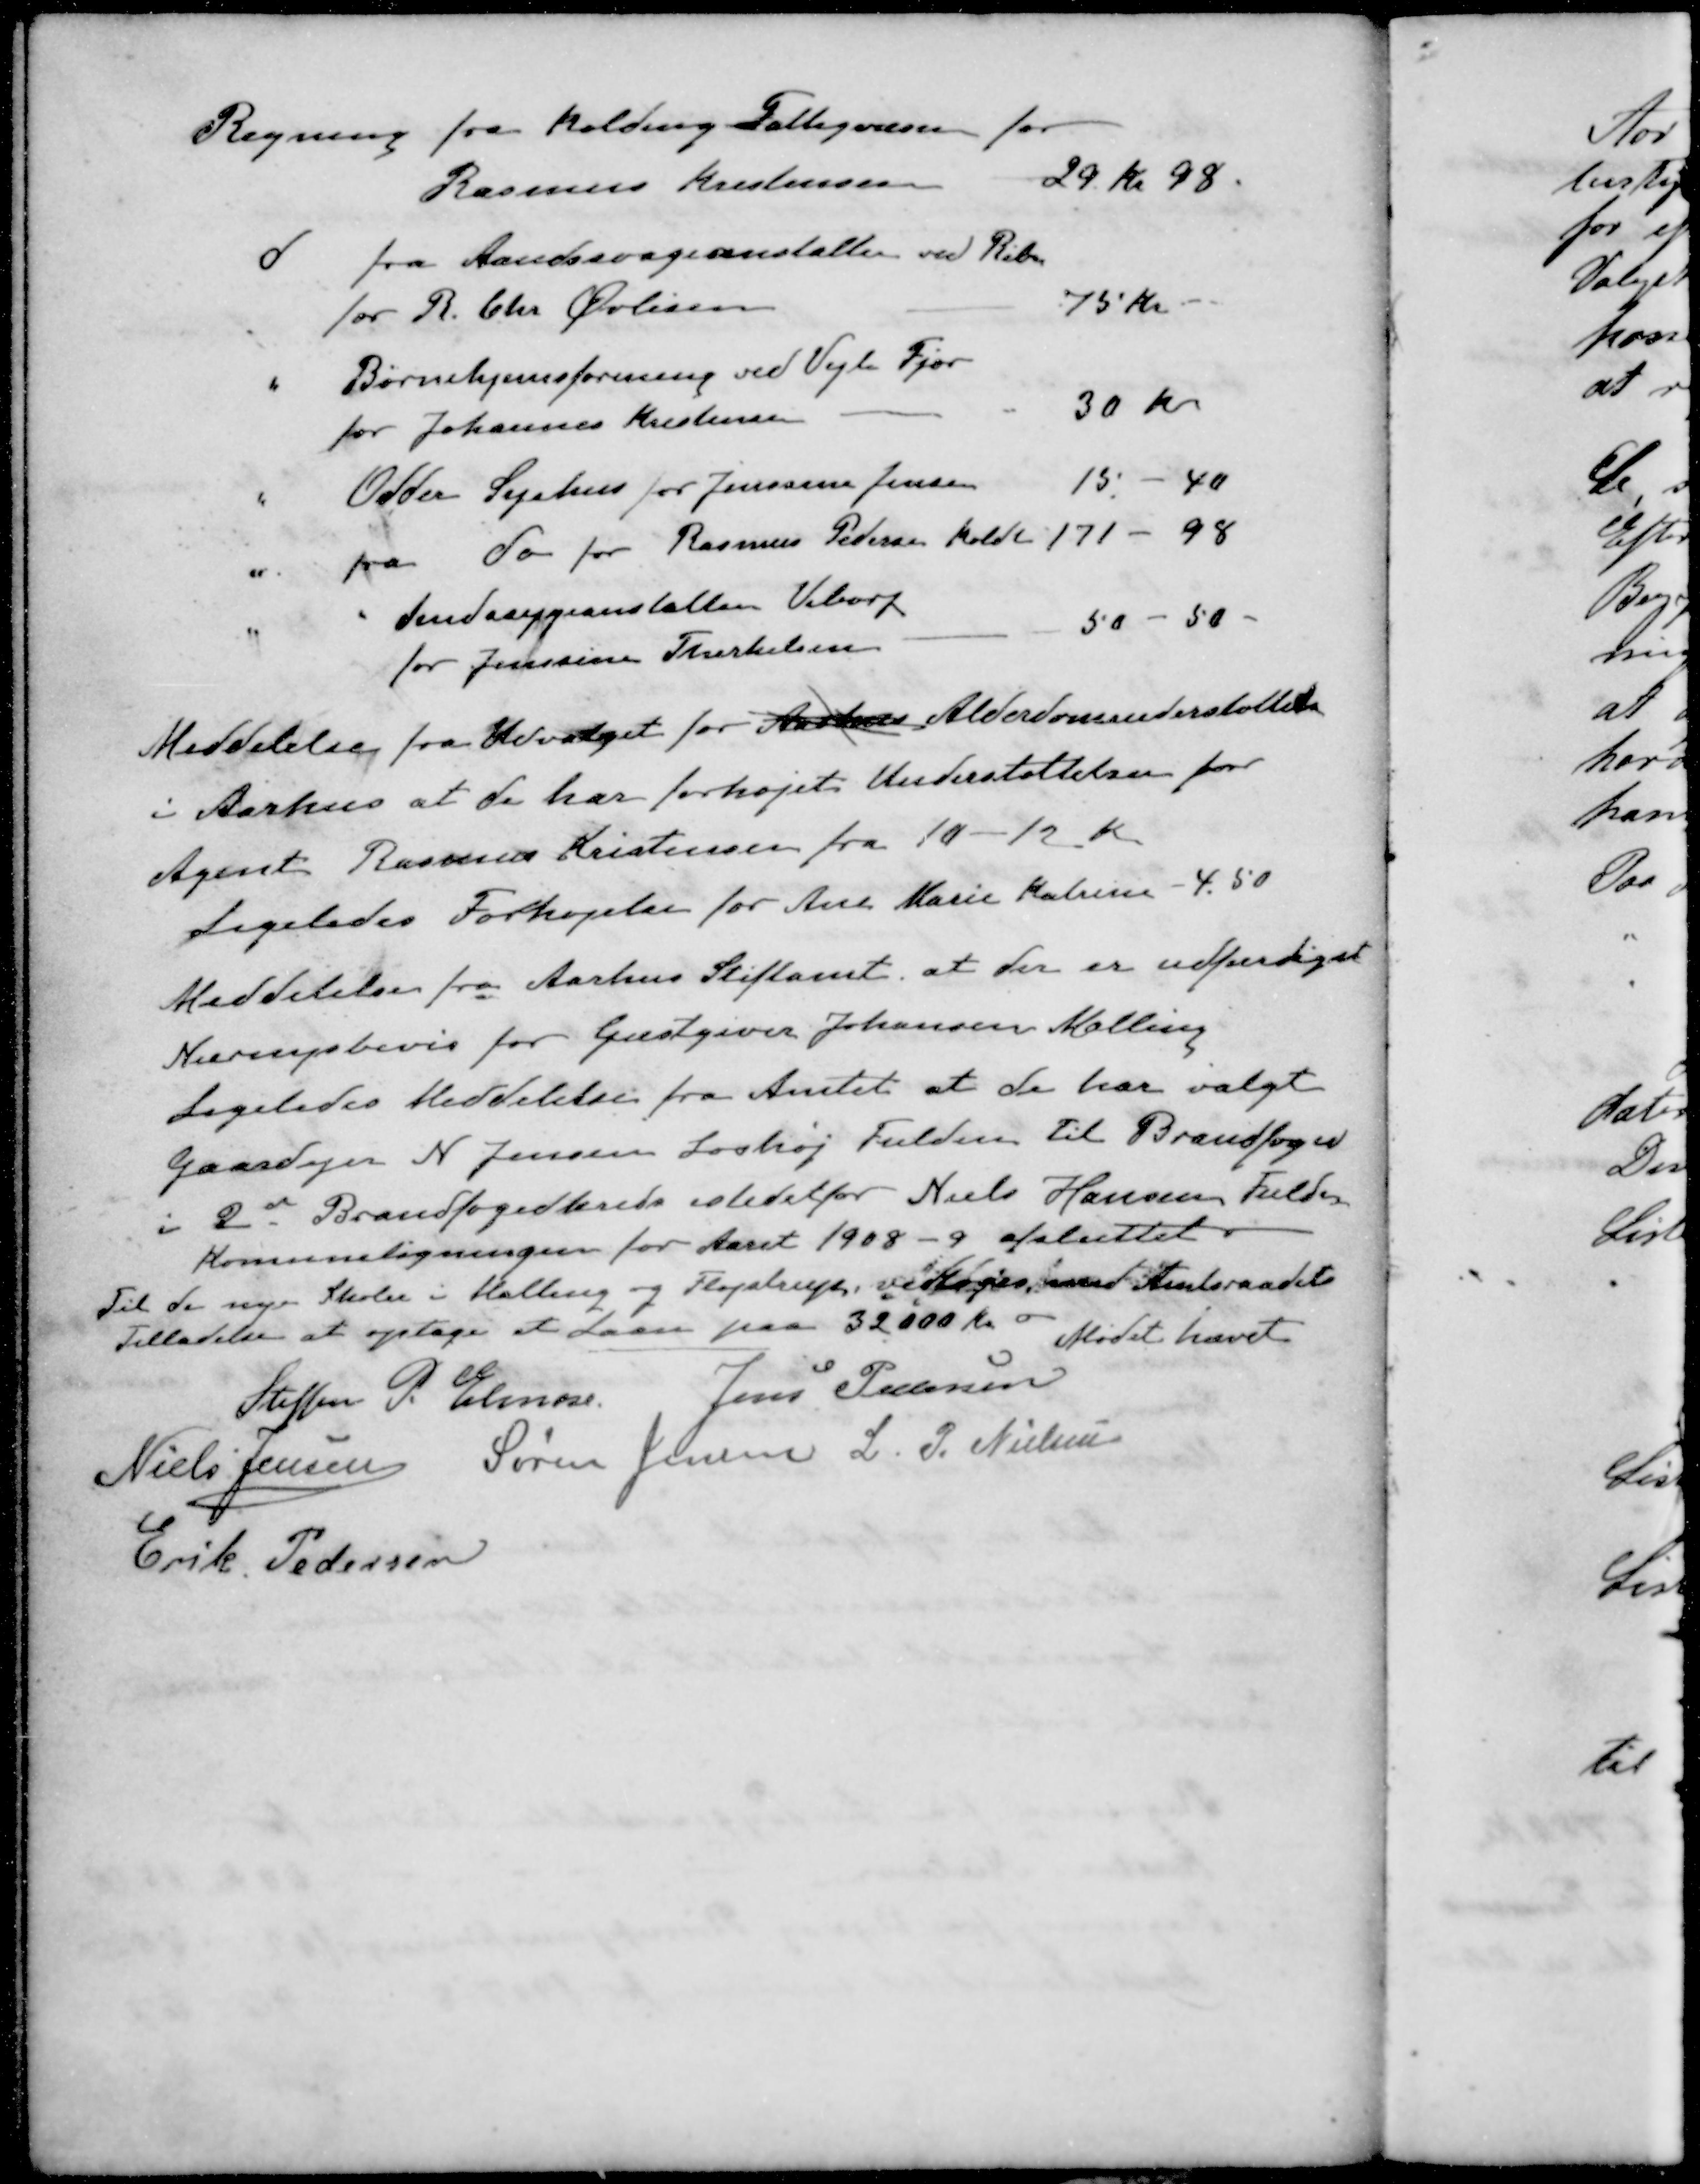
Transskription:
Regning fra Kolding Fattigvæsen for
Rasmus Kristensen
29 kr 98
d fra Aandssvageanstalten ved Ribe
for R. Chr Øvlisen
75 Kr.
" Børnehjemsforening ved Vejle Fjor
for Johannes Kristensen
30 Kr.
Odder Sygehus for Jenssine Jensen
15 - 40
" fra do for Rasmus Pedersen koldt 171 - 98
" " Sindssygeanstalten Viborg
for Jenssine Therkelsen
50 - 50 -
Meddelelse fra Udvalget for Aarhus Alderdomnderstøttelse
i Aarhus at de har forhøjet Understøttelsen for
Agent Rasmus Kristensen fra 10 - 12 Kr
Ligeledes Forhøjelse for Ane Marie Katrine - 4,50
Meddelelse fra Aarhus Stiftamt, at der er udfærdiget
Næringsbevis for Gæstgiver Johansen Malling
Ligeledes Meddelelse fra Amtet at de har valgt
gaardejer N. Jensen Loshøj Fulden til Brandfoged
i 2de Brandfogedkreds istedetfor Niels Hansen Fulden
Kommuneligningen for Aaret 1908 - 9 afsluttet.
Til de nye Skoler i Malling og Fløjstrup, vedtoges med Amtsraadets
Tilladelse at optage et Laan paa 32000 Kro
Mødet hævet
Steffen P. Elmose
Jens Pedersen
Niels Jensen
Søren Jensen
L. P. Nielsen
Erik Pedersen